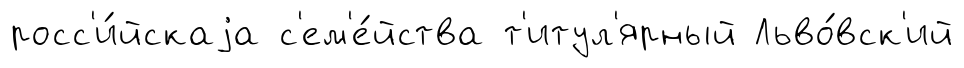
росс'и́йскаjа с'ем'е́йства т'итул'ярный Льво́вск'ий